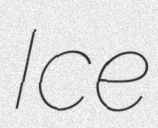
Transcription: Ice